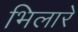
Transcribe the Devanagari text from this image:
भिलारे